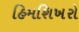
હિમશિખરો